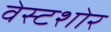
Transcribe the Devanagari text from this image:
वेस्टशोर